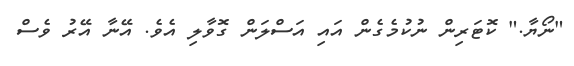
"ނޯޔާ." ކޮޓަރިން ނުކުމެގެން އައި އަސްލަން ގޮވާލި އެވެ. އޭނާ އޭރު ވެސް